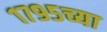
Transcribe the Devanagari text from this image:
१७९५च्या